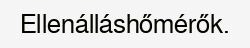
Ellenálláshőmérők.